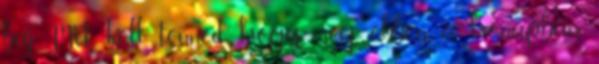
baj Mit kell tenned, hogy még ebben a hónapban